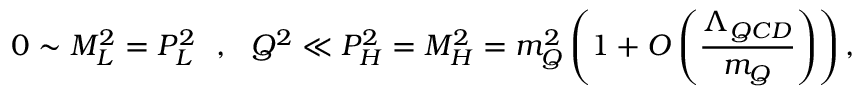
0 \sim M _ { L } ^ { 2 } = P _ { L } ^ { 2 } \ \ , \ \ Q ^ { 2 } \ll P _ { H } ^ { 2 } = M _ { H } ^ { 2 } = m _ { Q } ^ { 2 } \left( 1 + O \left( { \frac { \Lambda _ { Q C D } } { m _ { Q } } } \right) \right) ,